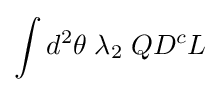
\int d^{2}\theta \;\lambda _{2}\;QD^{c}L